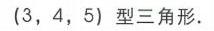
$(3,4,5)$型三角形.